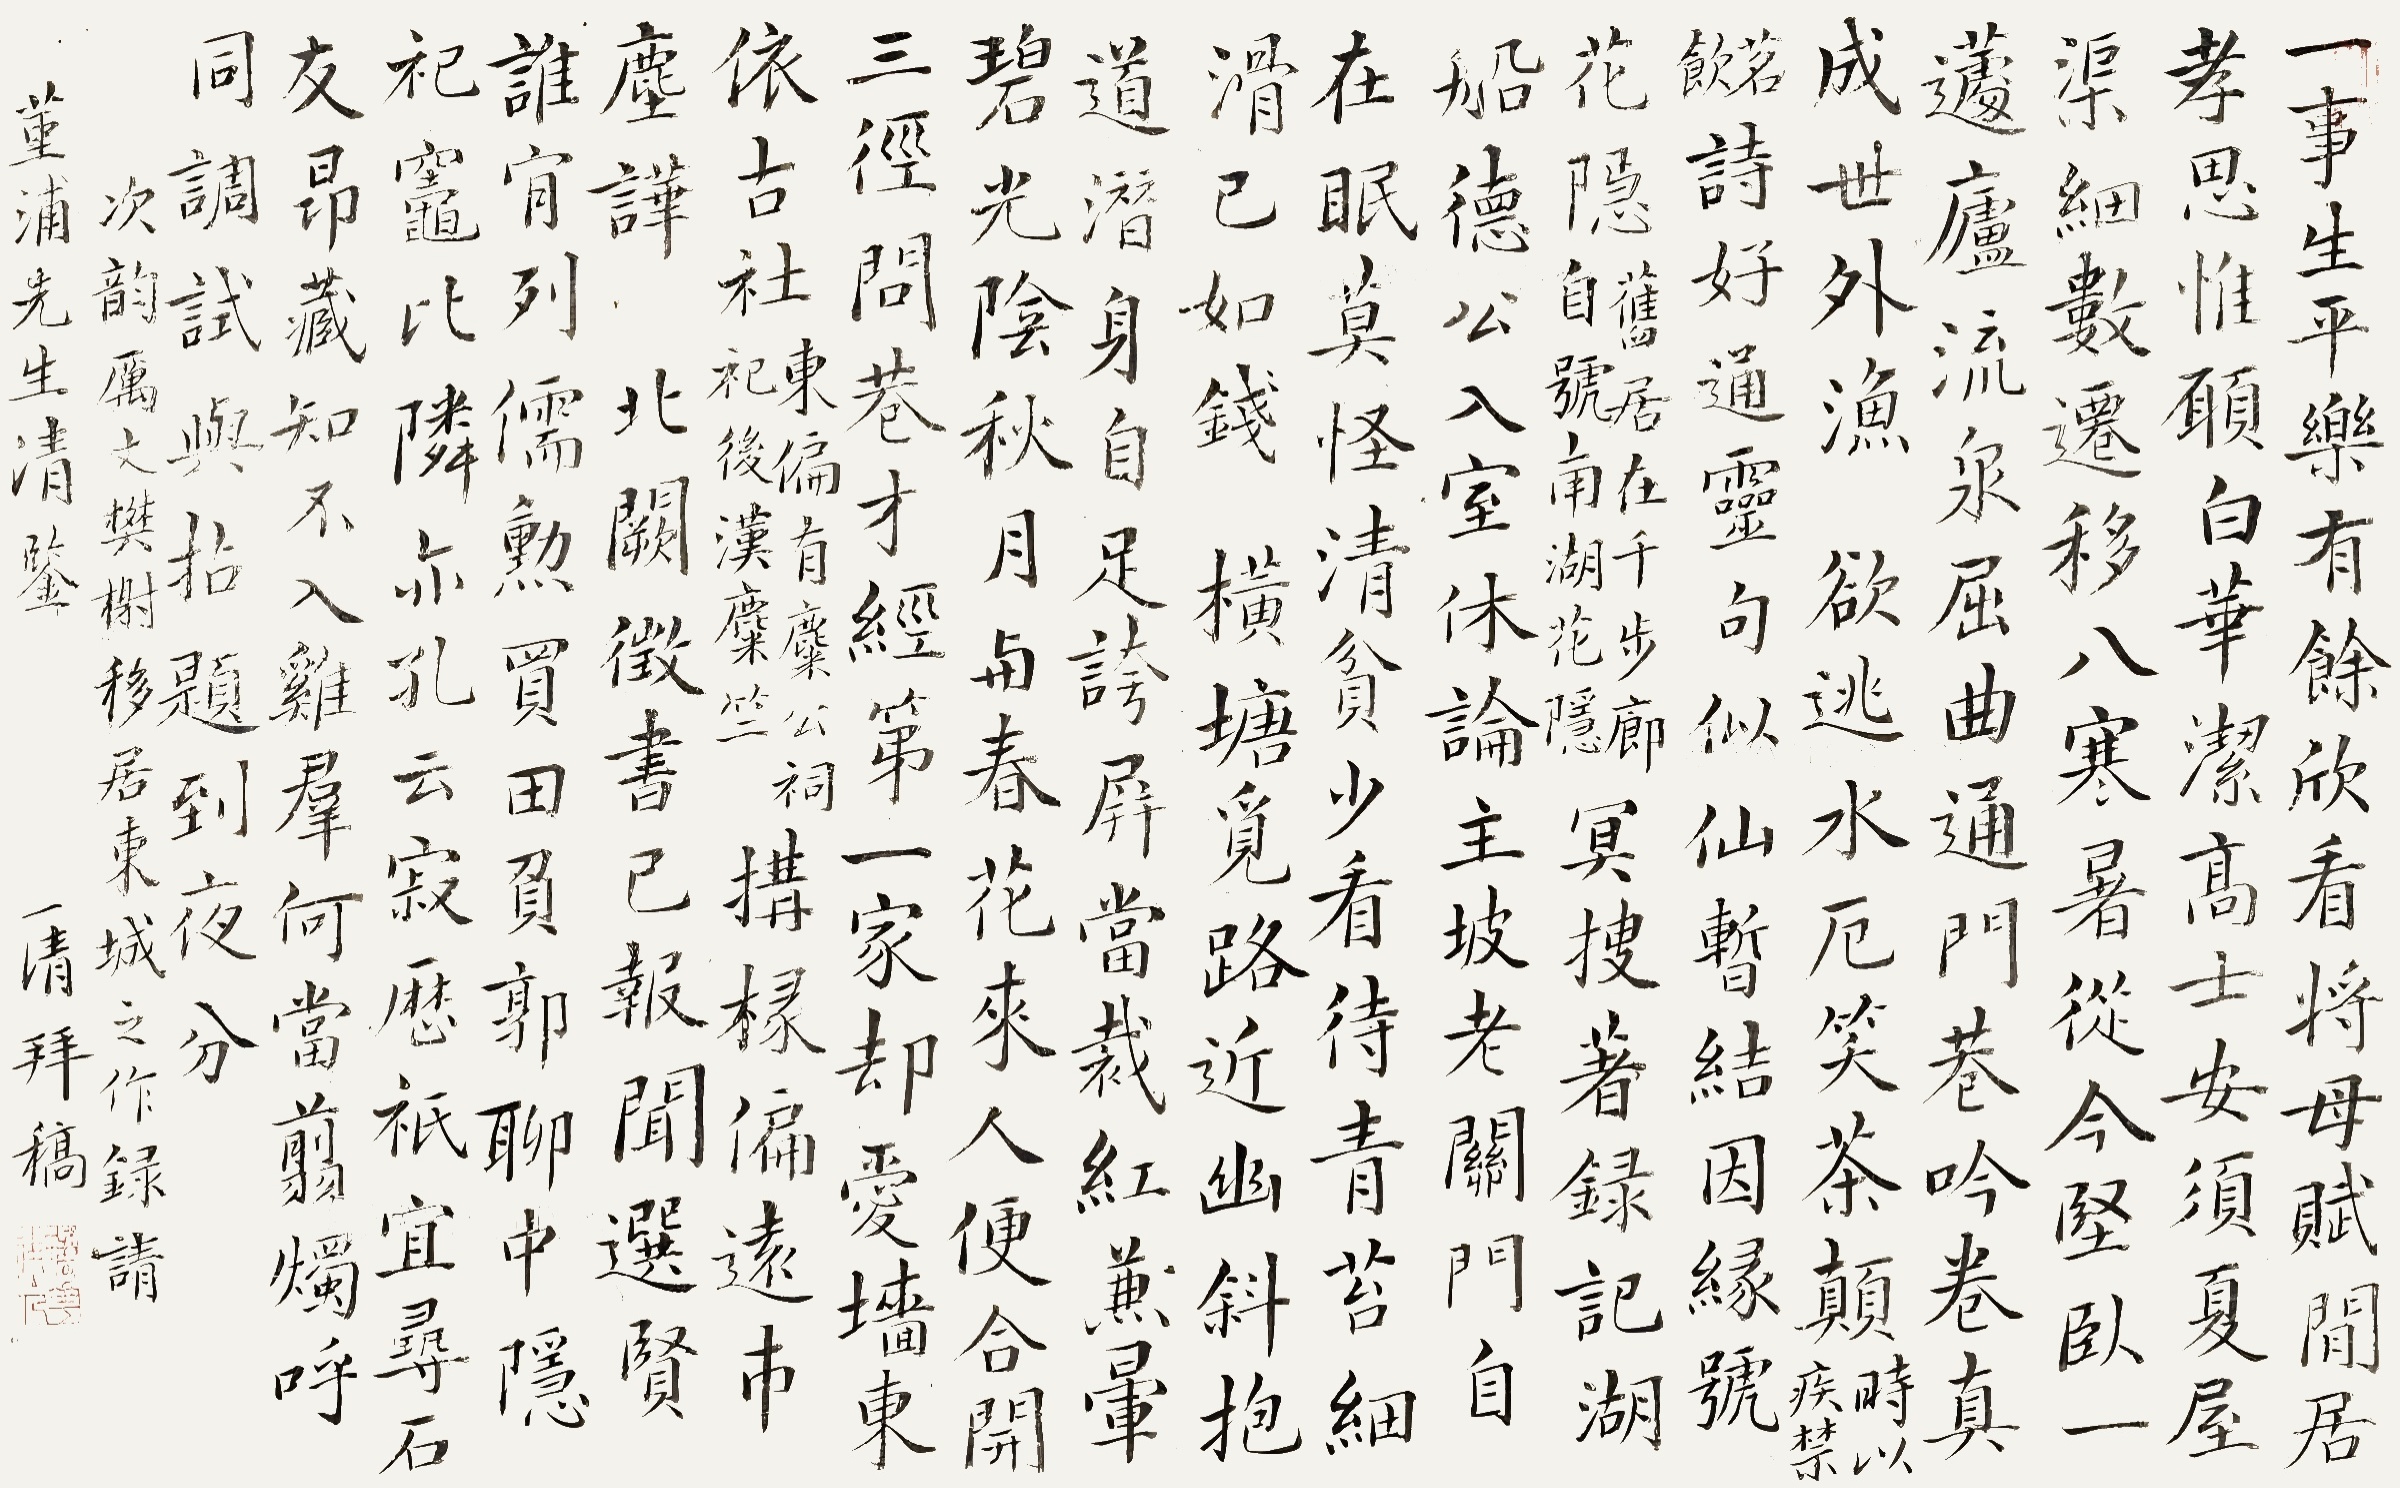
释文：一事生平乐有余，欣看将母赋闲居；孝思惟愿白华洁，高士安须夏屋渠。细数迁移八寒暑，从今坚卧一蘧庐；流泉屈曲通门巷，吟卷真成世外渔。欲逃水厄笑茶颠（时以疾禁茗饮），诗好通灵句似仙；暂结因缘号花隐（旧居在千步廊，自号南湖花隐），冥搜著录记湖船。德公入室休论主，坡老关门自在眠；莫怪清贫少看待，青苔细滑已如钱。横塘觅路近幽斜，抱道潜身自足夸；屏当裁红兼晕碧，光阴秋月与春花。来人便合开三径，问巷才经第一家；却爱墙东依古社（东偏有麋公祠祀后汉麋竺），构椽偏远市尘哗。北阙征书已报闻，选贤谁肯列儒勋；买田负郭聊中隐，祀灶比邻亦孔云。寂历袛宜寻石友，昂藏知不入鸡群；何当剪烛呼同调，试与拈题到夜分。次韵厉丈樊榭移居东城之作，录请堇浦先生清鉴，一清拜稿。